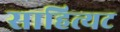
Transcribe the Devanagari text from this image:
साहित्यट